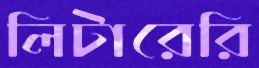
লিটারেরি